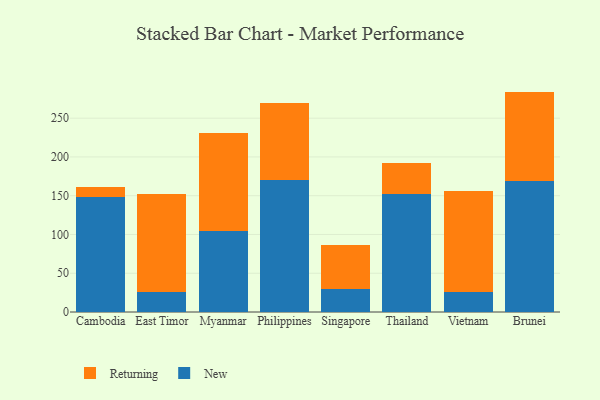
{"axis": {"x": "Country", "y": "Budget (USD K)"}, "legend": ["New", "Returning"], "data": [{"x": "Cambodia", "y": 148.9, "type": "New"}, {"x": "Cambodia", "y": 12.7, "type": "Returning"}, {"x": "East Timor", "y": 25.4, "type": "New"}, {"x": "East Timor", "y": 126.9, "type": "Returning"}, {"x": "Myanmar", "y": 104.6, "type": "New"}, {"x": "Myanmar", "y": 125.8, "type": "Returning"}, {"x": "Philippines", "y": 170.5, "type": "New"}, {"x": "Philippines", "y": 99.5, "type": "Returning"}, {"x": "Singapore", "y": 29.9, "type": "New"}, {"x": "Singapore", "y": 57.0, "type": "Returning"}, {"x": "Thailand", "y": 152.7, "type": "New"}, {"x": "Thailand", "y": 39.3, "type": "Returning"}, {"x": "Vietnam", "y": 25.4, "type": "New"}, {"x": "Vietnam", "y": 130.6, "type": "Returning"}, {"x": "Brunei", "y": 168.8, "type": "New"}, {"x": "Brunei", "y": 115.5, "type": "Returning"}]}